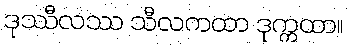
ဒုဿီလဿ သီလကထာ ဒုက္ကထာ။